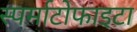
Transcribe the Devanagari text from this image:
स्पर्माटोफाइटा